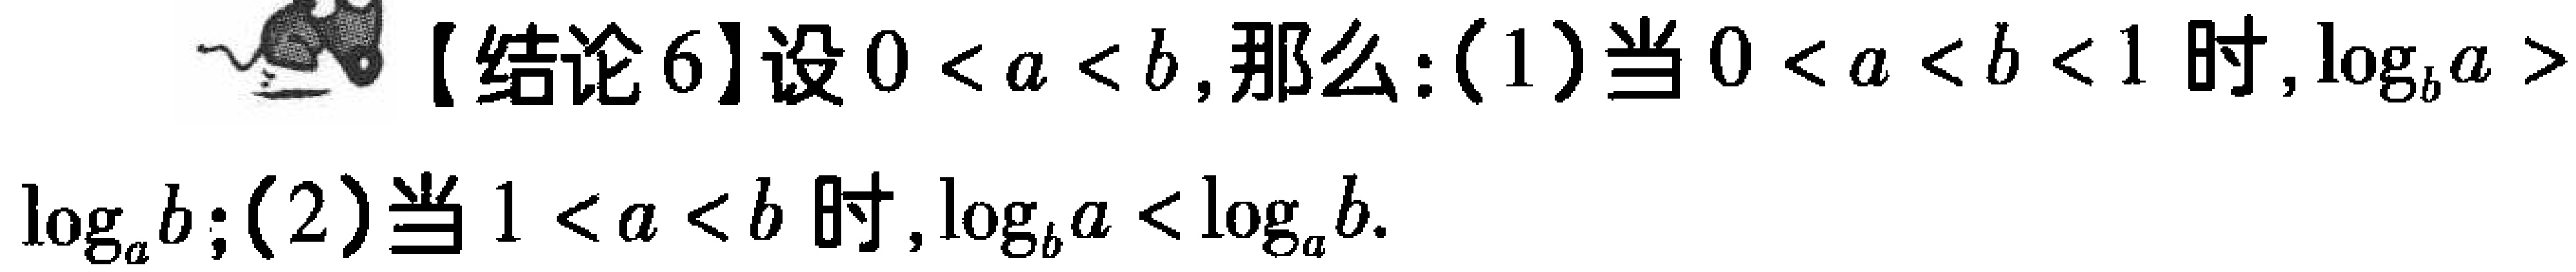
【结论6】设\(0 < a < b\)，那么：(1)当\(0 < a < b < 1\)时，\(\log_{b}a > \log_{a}b\)；(2)当\(1 < a < b\)时，\(\log_{b}a < \log_{a}b\)。